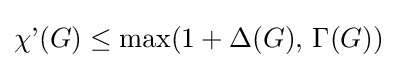
\operatorname {\chi '} (G)\leq \max(1+\operatorname {\Delta } (G),\,\operatorname {\Gamma } (G))